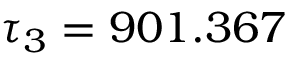
\tau _ { 3 } = 9 0 1 . 3 6 7